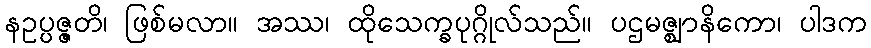
နဥပ္ပဇ္ဇတိ၊ ဖြစ်မလာ။ အဿ၊ ထိုသေက္ခပုဂ္ဂိုလ်သည်။ ပဌမဇ္ဈာနိကော၊ ပါဒက